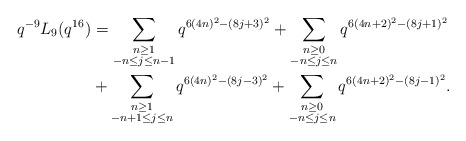
\begin{align*} \begin{aligned}q^{-9} L_{9}(q^{16}) &= \sum_{\substack{n \geq 1 \\ -n \leq j \leq n-1}} q^{6(4n)^2 - (8j+3)^2} + \sum_{\substack{n \geq 0 \\ -n \leq j \leq n}} q^{6(4n+2)^2 - (8j+1)^2} \\&+ \sum_{\substack{n \geq 1 \\ -n+1 \leq j \leq n}} q^{6(4n)^2 - (8j-3)^2} + \sum_{\substack{n \geq 0 \\ -n \leq j \leq n}} q^{6(4n+2)^2 - (8j-1)^2}. \end{aligned}\end{align*}